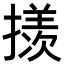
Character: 𪮲